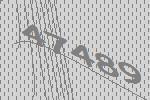
47489